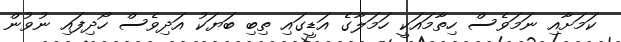
ކަމަށާއި ނަމަވެސް ހިތާމައަކީ ހަމަލާގެ އަޑީގައި ތިބި ބަޔަކު އަދިވެސް ހޯދިފައި ނުވުން